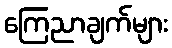
ကြေညာချက်များ